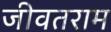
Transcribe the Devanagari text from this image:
जीवतराम